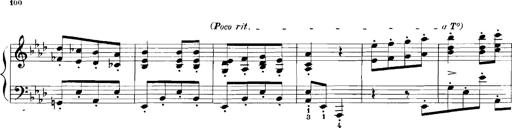
Title: Rhapsodies hongroises
Composer: Franz Liszt